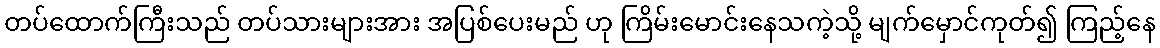
တပ်ထောက်ကြီးသည် တပ်သားများအား အပြစ်ပေးမည် ဟု ကြိမ်းမောင်းနေသကဲ့သို့ မျက်မှောင်ကုတ်၍ ကြည့်နေ